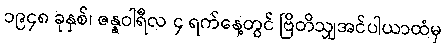
၁၉၄၈ ခုနှစ်၊ ဇန္နဝါရီလ ၄ ရက်နေ့တွင် ဗြိတိသျှအင်ပါယာထံမှ